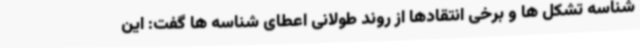
شناسه تشکل ها و برخی انتقادها از روند طولانی اعطای شناسه ها گفت: این